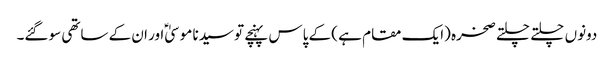
دونوں چلتے چلتے صخرہ (ایک مقام ہے ) کے پاس پہنچے تو سیدنا موسیٰؑ اور ان کے ساتھی سو گئے۔